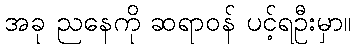
အခု ညနေကို ဆရာဝန် ပင့်ရဦးမှာ။